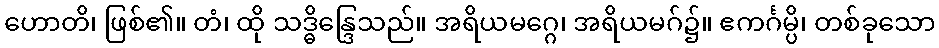
ဟောတိ၊ ဖြစ်၏။ တံ၊ ထို သဒ္ဓိန္ဒြေသည်။ အရိယမဂ္ဂေ၊ အရိယမဂ်၌။ ဧကင်္ဂမ္ပိ၊ တစ်ခုသော